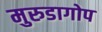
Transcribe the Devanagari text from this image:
मुरुडागोप